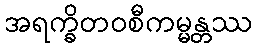
အရက္ခိတဝစီကမ္မန္တဿ